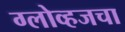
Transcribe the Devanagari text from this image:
ग्लोव्हजचा